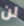
لن